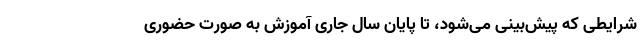
شرایطی که پیش‌بینی می‌شود، تا پایان سال جاری آموزش به صورت حضوری